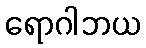
ရောဂါဘယ